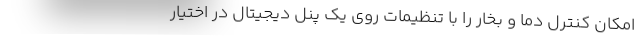
امکان کنترل دما و بخار را با تنظیمات روی یک پنل دیجیتال در اختیار